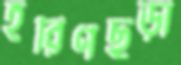
হরিণছড়া